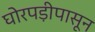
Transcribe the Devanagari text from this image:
घोरपड़ीपासून